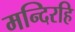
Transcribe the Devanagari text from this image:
मन्दिरहि